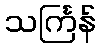
သင်္ကြန်